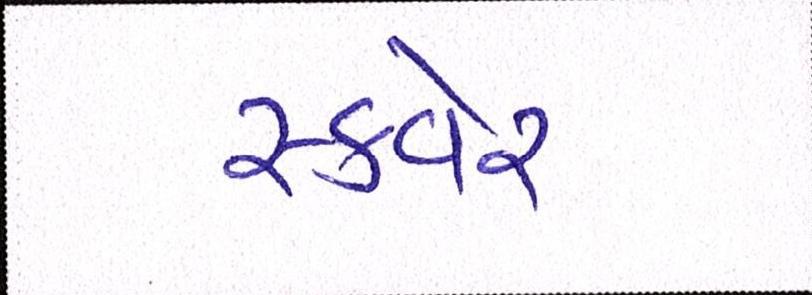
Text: સ્કવેર